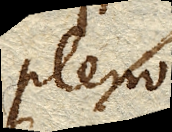
pleno